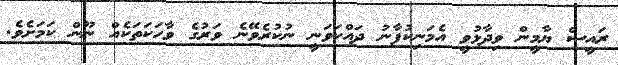
ރައީސް ޔާމީން ވިދާޅުވީ އެމަނިކުފާނު ދައްކަވަނީ ނުކުރެވޭނެ ވަރުގެ ވާހަކަތަކެއް ނޫން ކަމަށެވެ.